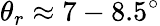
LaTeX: \theta_{r}\approx 7-8.5^{\circ}